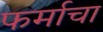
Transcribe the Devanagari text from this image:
फर्माचा